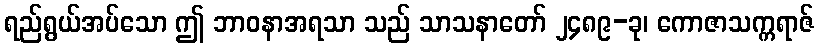
ရည်ရွယ်အပ်သော ဤ ဘာဝနာအရသာ သည် သာသနာတော် ၂၄၈၉-ခု၊ ကောဇာသက္ကရာဇ်